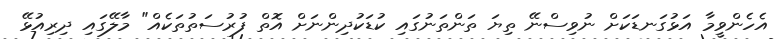
އެހެންވީމާ އަޅުގަނޑަކަށް ނުވިސްނޭ ތިޔަ ތަންތަނުގައި ކުޑަކުދިންނަށް އޮތް ފުރުސަތުތަކެއް" މާލޭގައި ދިރިއުޅޭ